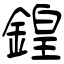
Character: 鍠